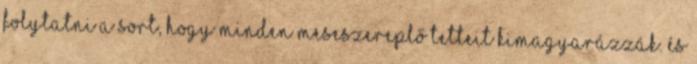
folytatni a sort, hogy minden meseszereplő tetteit kimagyarázzák. És